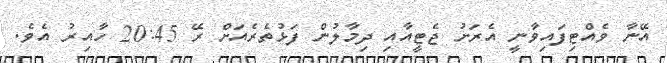
އޭނާ ވެއްޓިފައިވާނީ އެރަށު ޖެޓީއާއި ދިމާލުން ފަޅުތެރެއަށް ރޭ 20:45 ހާއިރު އެވެ.